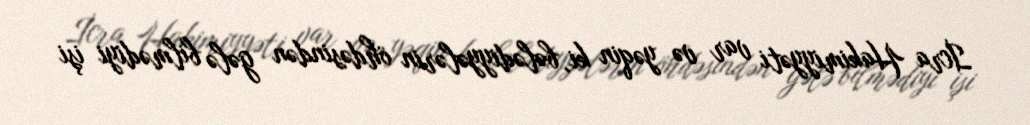
İcra Hakimiyyəti var və yəqin ki, bələdiyyələrin öhdəsindən gələ bilmədiyi işi